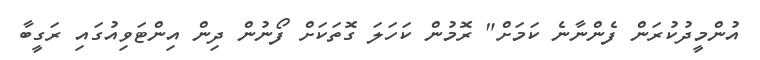
އުންމީދުކުރަން ފެންނާނެ ކަމަށް" ރޮމުން ކަހަލަ ގޮތަކަށް ފޯނުން ދިން އިންޓަވިއުގައި ރަގީބާ